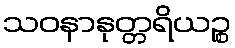
သဝနာနုတ္တရိယဉ္စ